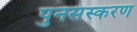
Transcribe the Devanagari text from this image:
पुनसंस्करण